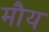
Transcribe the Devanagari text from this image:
मौय